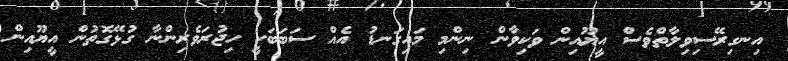
އިނގިރޭސިވިލާތްވެސް އީޔޫއިން ވަކިވާން ނިންމި މައިގަނޑު އެއް ސަބަބަކީ ހިޖުރަވެރިންނާ ގުޅޭގޮތުން އީޔޫއިން